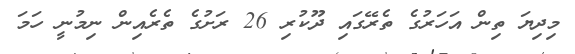
މިދިޔަ ތިން އަހަރުގެ ތެރޭގައި ދޫކުރި 26 ރަށުގެ ތެރެއިން ނިމުނީ ހަމަ